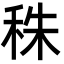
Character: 秼